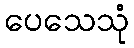
ပေသေသုံ